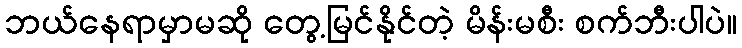
ဘယ်နေရာမှာမဆို တွေ့မြင်နိုင်တဲ့ မိန်းမစီး စက်ဘီးပါပဲ။